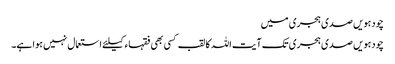
چودہویں صدی ہجری میں
چودہویں صدی ہجری تک آیت اللہ کا لقب کسی بھی فقہاء کیلئے استعمال نہیں ہوا ہے۔